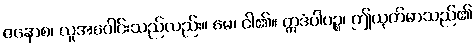
ဇနောစ၊ လူအပေါင်းသည်လည်း။ မေ၊ ငါ၏။ ဣဒံပါပဉ္စ၊ ဤယုတ်မာသည်၏